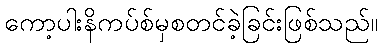
ကော့ပါးနိကပ်စ်မှစတင်ခဲ့ခြင်းဖြစ်သည်။